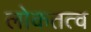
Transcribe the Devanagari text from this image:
लोकतत्‍व